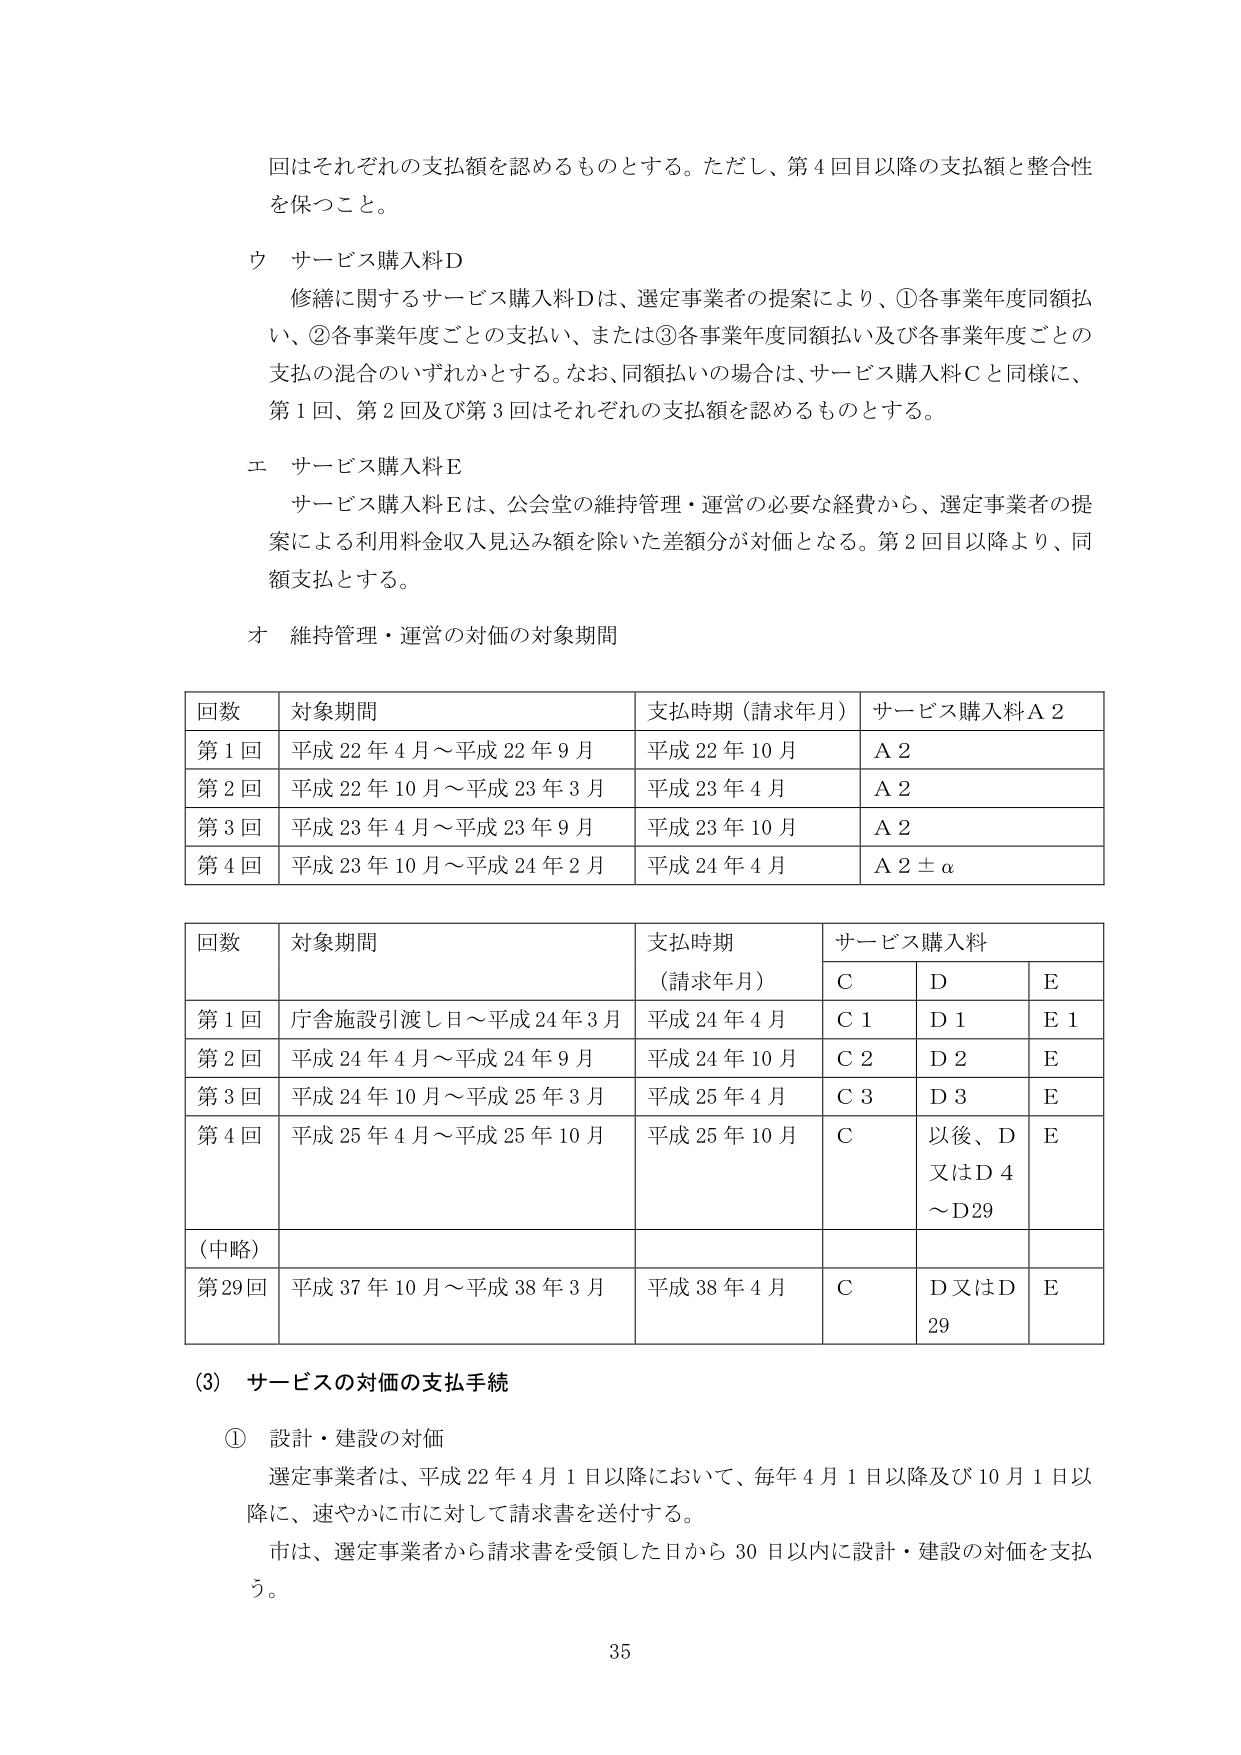
回はそれぞれの支払額を認めるものとする。ただし、第4回目以降の支払額と整合性を保つこと。

ウ サービス購入料D
修繕に関するサービス購入料Dは、選定事業者の提案により、①各事業年度同額払い、②各事業年度ごとの支払い、または③各事業年度同額払い及び各事業年度ごとの支払の混合のいずれかとする。なお、同額払いの場合は、サービス購入料Cと同様に、第1回、第2回及び第3回はそれぞれの支払額を認めるものとする。

エ サービス購入料E
サービス購入料Eは、公会堂の維持管理・運営の必要な経費から、選定事業者の提案による利用料金収入見込み額を除いた差額分が対価となる。第2回目以降より、同額支払とする。

オ 維持管理・運営の対価の対象期間

回数 対象期間 支払時期（請求年月） サービス購入料A2
第1回 平成22年4月～平成22年9月 平成22年10月 A2
第2回 平成22年10月～平成23年3月 平成23年4月 A2
第3回 平成23年4月～平成23年9月 平成23年10月 A2
第4回 平成23年10月～平成24年2月 平成24年4月 A2±α

回数 対象期間 支払時期（請求年月） サービス購入料
C D E
第1回 庁舎施設引渡し日～平成24年3月 平成24年4月 C1 D1 E1
第2回 平成24年4月～平成24年9月 平成24年10月 C2 D2 E
第3回 平成24年10月～平成25年3月 平成25年4月 C3 D3 E
第4回 平成25年4月～平成25年10月 平成25年10月 C 以後、D又はD4～D29 E
（中略）
第29回 平成37年10月～平成38年3月 平成38年4月 C D又はD29 E

(3) サービスの対価の支払手続

① 設計・建設の対価
選定事業者は、平成22年4月1日以降において、毎年4月1日以降及び10月1日以降に、速やかに市に対して請求書を送付する。
市は、選定事業者から請求書を受領した日から30日以内に設計・建設の対価を支払う。

35